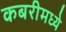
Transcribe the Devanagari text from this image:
कबरीमध्ये